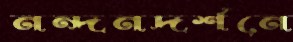
নন্দনদর্শনে